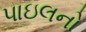
પાઇલનો